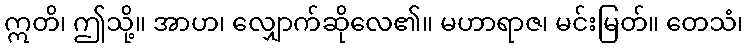
ဣတိ၊ ဤသို့။ အာဟ၊ လျှောက်ဆိုလေ၏။ မဟာရာဇ၊ မင်းမြတ်။ တေသံ၊